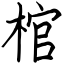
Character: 棺